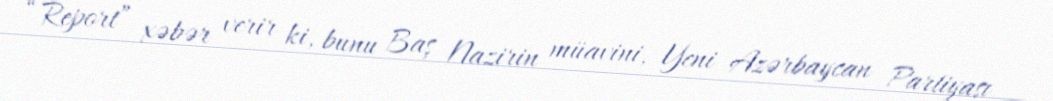
“Report” xəbər verir ki, bunu Baş Nazirin müavini, Yeni Azərbaycan Partiyası